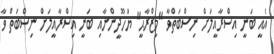
އެއީ ބަނީ އިސްރާއީލަށް ނިސްބަތްވާ "މިޒްރާޙީ" ޔަހޫދީންނާއި ބަނީ އިސްރާއީލަށް ނިސްބަތް ވާ